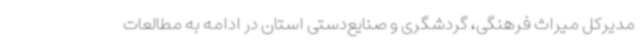
مدیرکل میراث فرهنگی، گردشگری و صنایع‌دستی استان در ادامه به مطالعات